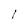
Character: l